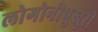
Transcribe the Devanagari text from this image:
लोगोनीपुखुरी